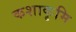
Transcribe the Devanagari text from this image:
कशाकृमि